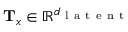
\mathbf { T } _ { \boldsymbol { x } } \in \mathbb { R } ^ { d _ { \mathrm { ~ l ~ a ~ t ~ e ~ n ~ t ~ } } }